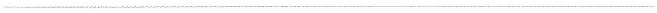
___